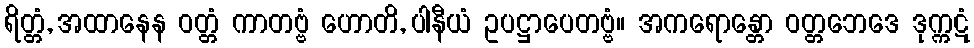
ရိတ္တံ, အထာနေန ဝတ္တံ ကာတဗ္ဗံ ဟောတိ, ပါနီယံ ဥပဋ္ဌာပေတဗ္ဗံ။ အကရောန္တော ဝတ္တဘေဒေ ဒုက္ကဋံ